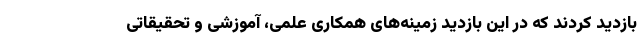
بازدید کردند که در این بازدید زمینه‌های همکاری علمی، آموزشی و تحقیقاتی